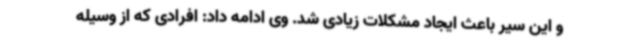
و این سیر باعث ایجاد مشکلات زیادی شد. وی ادامه داد: افرادی که از وسیله